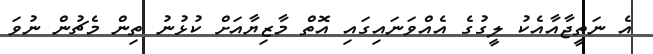
އެ ނަތީޖާއާއެކު ލީގުގެ އެއްވަނައިގައި އޮތް މާޒިޔާއަށް ކުޅުނު ތިން މެޗުން ނުވަ